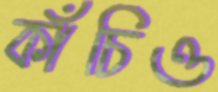
কাঁচিও